Burma Government Medical School reports 1923-41
Year: 1923
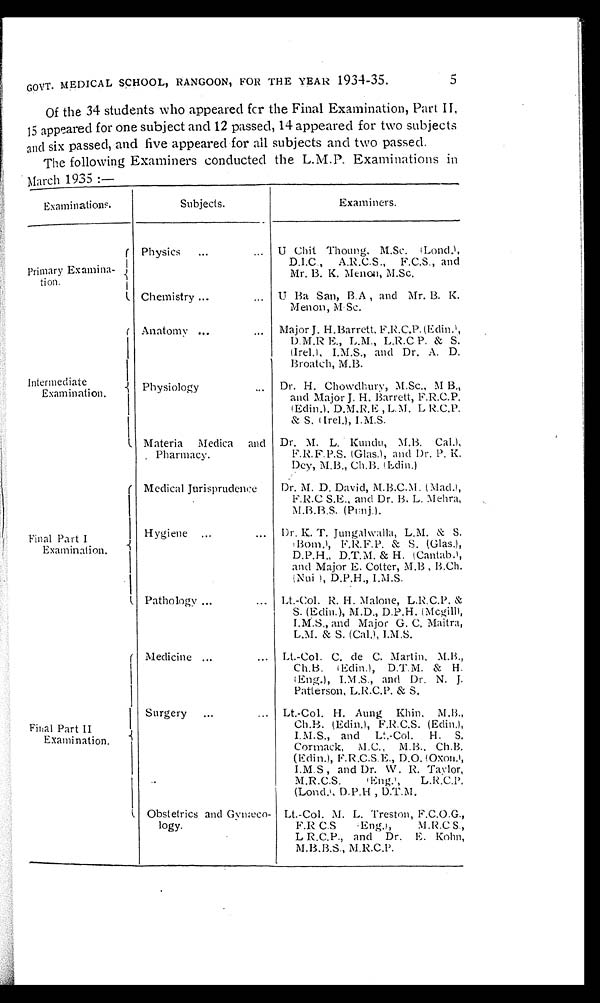
5
GOVT. MEDICAL SCHOOL, RANGOON, FOR THE YEAR 1934-35.
Of the 34 students who appeared for the Final Examination, Part II,
15 appeared for one subject and 12 passed, 14 appeared for two subjects
and six passed, and five appeared for all subjects and two passed.
The following Examiners conducted the L.M.P. Examinations
in March 1935:—
Examinations.
Subjects.
Examiners.
Primary Examina-
tion.
Physics
...
... U Chit Thoung, M . S c .
( L o n d . ) ,
D.I.C., A.R.C.S., F.C.S., and
Mr. B. K. Menon, M.Sc.
Chemistry ...
... U Ba San, B.A , and Mr. B. K.
Menon, M Sc.
Intermediate
Examination.
Anatomy ...
... Major J. H.Barrett, F.R.C. P. (Edin.),
D.M.R E., L.M., L.R.C P. & S.
(Irel.), I.M.S., and Dr. A. D.
Broatch, M.B.
Physiology
... Dr. H. Chowdhury, M.Sc., M B.,
and Major J. H. Barrett, F.R.C.P.
(Edin). D.M.R.E , L.M. L R.C.P.
& S. (Irel.), I.M.S.
Materia Medica and
Pharmacy.
Dr. M. L. Kundu, M.B.
( C a l . ) ,
F.R. F. P.S. (Glas.), a n d D r . P . K .
Dey, M.B., Ch.B. (Edin.)
Final Part I
Examination.
Medical Jurisprudence
Dr. M. D. David, M.B.C.M. (Mad.),
F.R.C.S.E., and Dr. B. L. Mehra,
M.B.B.S. (Punj.).
Hygiene ...
...
Dr. K. T. Jungalwalla, L.M. & S.
(Bom.), F.R.F.P. & S. (Glas.),
D.P.H., D.T.M. & H. (Cantab.),
and Major E. Cotter, M.B , B.Ch.
(Nui ), D.P.H., I.M.S.
Pathology ...
... Lt.-Col. R. H. Malone, L.R.C.P. &
S. (Edin.), M.D., D.P.H. (Mcgill),
I.M.S., and Major G. C. Maitra,
L.M. & S. (Cal.), I.M.S.
Final Part II
Examination.
Medicine ...
... Lt.-Col. C. de C. Martin, M.B.,
Ch.B. (Edin.), D.T.M. & H.
(Eng.), I.M .S., and Dr. N. J.
Patterson, L.R.C.P. & S.
Surgery
...
... Lt.-Col. H. Aung Khin, M.B.,
Ch.B. (Edin.), F.R.C.S. (Edin.),
I.M.S., and Lt.-Col.
H. S.
Cormack, M.C., M.B., Ch.B.
(Edin.), F.R.C.S.E., D.O. (Oxon.),
I.M.S , and Dr. W. R. Taylor,
M.R.C.S.
(Eng.),
L.R.C.P.
(Lond.), D.P.H. , D.T.M.
Obstetrics and Gynæco-
logy.
Lt.-Col. M. L. Treston, F.C.O.G.,
F.R C.S (Eng.),
M.R.C. S.,
L R.C.P., and Dr. E. Kohn,
M.B,B.S., M.R.C.P.